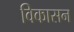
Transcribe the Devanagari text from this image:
विकासन